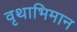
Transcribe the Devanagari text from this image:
वृथाभिमान